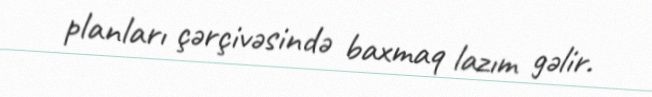
planları çərçivəsində baxmaq lazım gəlir.